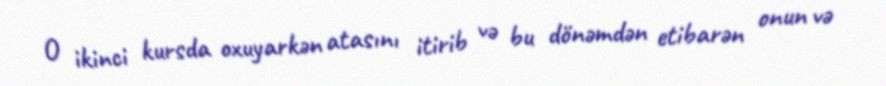
O ikinci kursda oxuyarkən atasını itirib və bu dönəmdən etibarən onun və